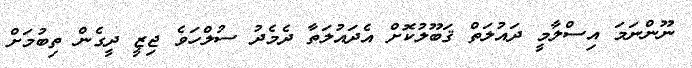
ނޫންނަމަ އިސްލާމީ ދައުލަތް ޤަބޫލުކޮށް އެދައުލަތާ ދެމެދު ސުލްހަވެ ޖިޒީ ދީގެން ތިބުމަށް